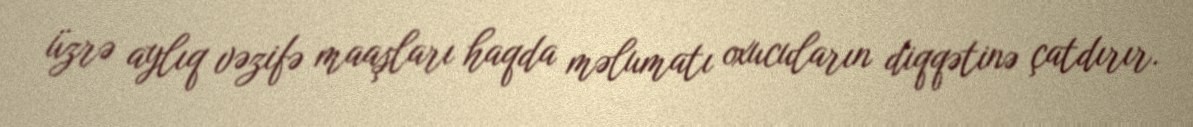
üzrə aylıq vəzifə maaşları haqda məlumatı oxucuların diqqətinə çatdırır.